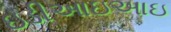
ઇડીઆઇઆઇ